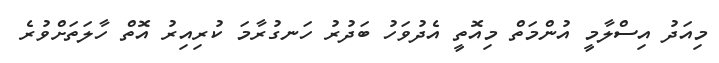
މިއަދު އިސްލާމީ އުންމަތް މިއޮތީ އެދުވަހު ބަދުރު ހަނގުރާމަ ކުރިއިރު އޮތް ހާލަތަށްވުރެ